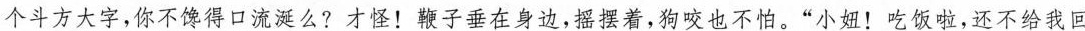
个斗方大字,你不馋得口流涎么?才怪!鞭子垂在身边,摇摆着,狗咬也不怕。“小妞!吃饭啦，还不给我回